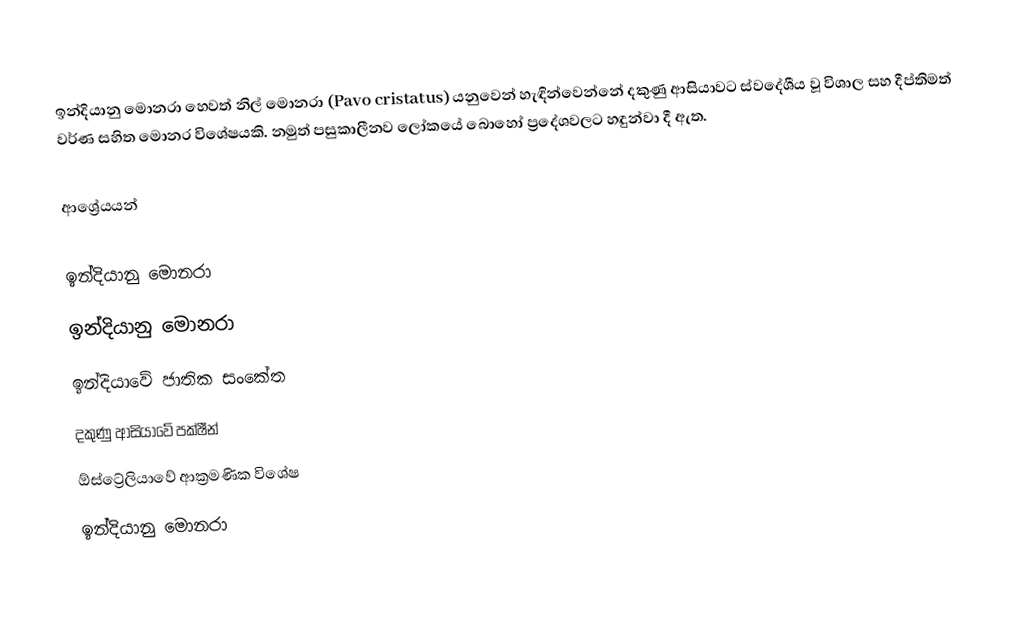
ඉන්දියානු මොනරා හෙවත් නිල් මොනරා (Pavo cristatus) යනුවෙන් හැඳින්වෙන්නේ දකුණු ආසියාවට ස්වදේශීය වූ විශාල සහ දීප්තිමත් වර්ණ සහිත මොනර විශේෂයකි. නමුත් පසුකාලීනව ලෝකයේ බොහෝ ප්‍රදේශවලට හඳුන්වා දී ඇත.

ආශ්‍රේයයන්

ඉන්දියානු මොනරා
ඉන්දියානු මොනරා
ඉන්දියාවේ ජාතික සංකේත
දකුණු ආසියාවේ පක්ෂීන්
ඕස්ට්‍රේලියාවේ ආක්‍රමණික විශේෂ
ඉන්දියානු මොනරා